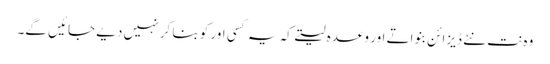
وہ نت نئے ڈیزائن بنواتے اور وعدہ لیتے کہ یہ کسی اور کو بنا کر نہیں دیے جائیں گے۔